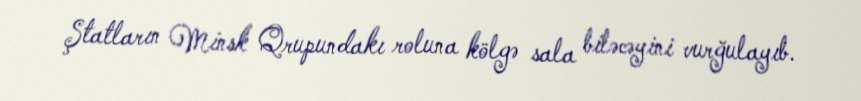
Ştatların Minsk Qrupundakı roluna kölgə sala biləcəyini vurğulayıb.